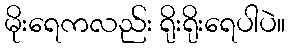
မိုးရေကလည်း ရိုးရိုးရေပါပဲ။